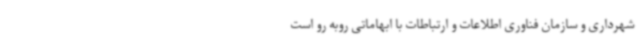
شهرداری و سازمان فناوری اطلاعات و ارتباطات با ابهاماتی روبه رو است